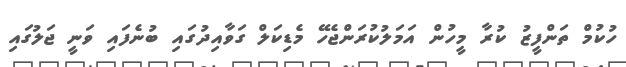
ހުކުމް ތަންފީޒު ކުރާ މީހުން އަމަލުކުރަންޖެހޭ މެޑިކަލް ގަވާއިދުގައި ބުނެފައި ވަނީ ޖަލުގައި